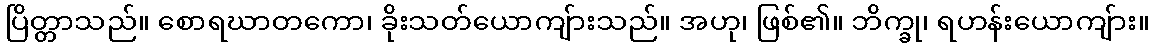
ပြိတ္တာသည်။ စောရဃာတကော၊ ခိုးသတ်ယောကျ်ားသည်။ အဟု၊ ဖြစ်၏။ ဘိက္ခု၊ ရဟန်းယောကျ်ား။